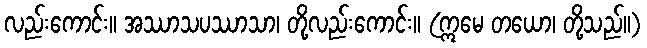
လည်းကောင်း။ အဿာသပဿာသာ၊ တို့လည်းကောင်း။ (ဣမေ တယော၊ တို့သည်။)